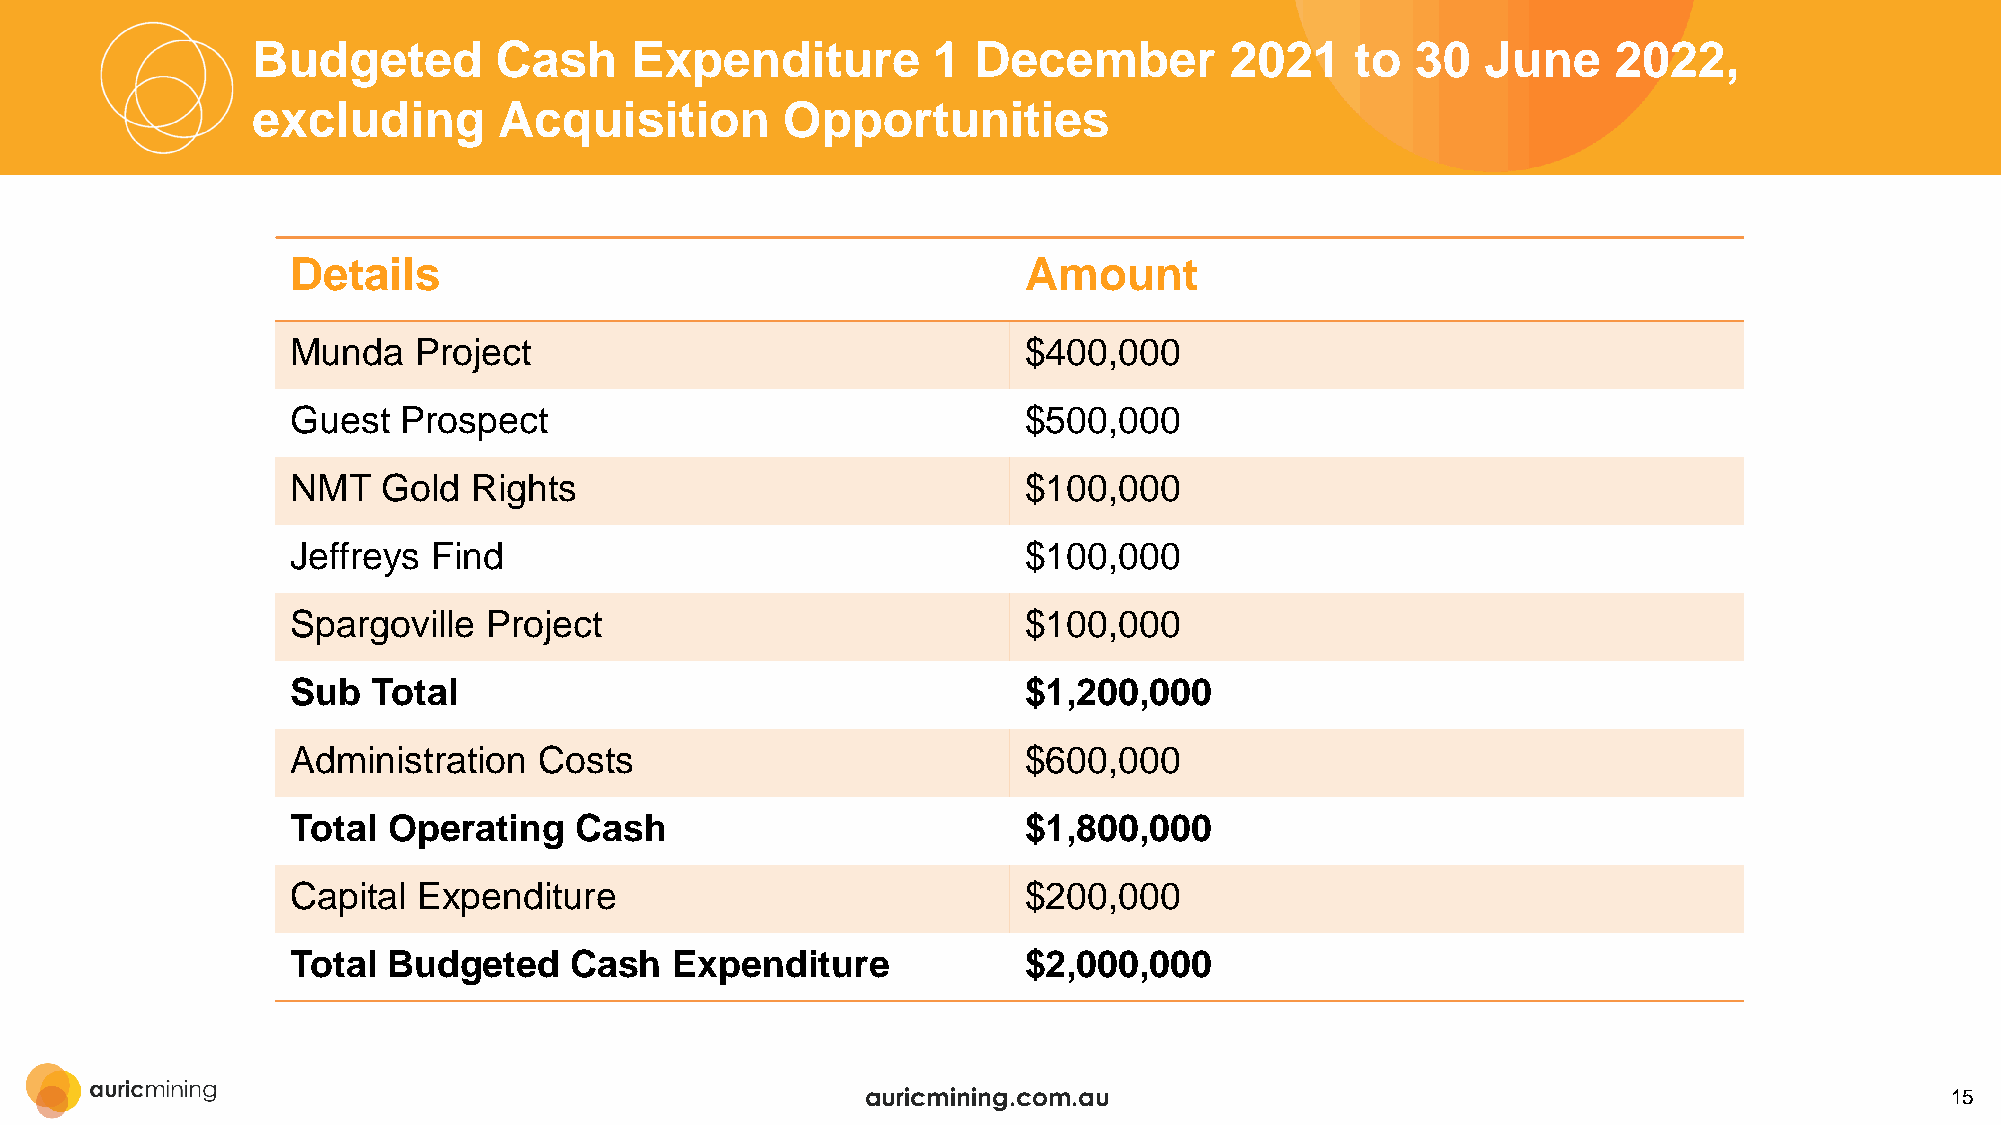
Budgeted        Cash     Expenditure         1 December         2021     to  30  June     2022,
 excluding       Acquisition        Opportunities
 Details                                          Amount
 Munda   Project                                  $400,000
 Guest   Prospect                                 $500,000
 NMT   Gold  Rights                               $100,000
 Jeffreys  Find                                   $100,000
 Spargoville  Project                             $100,000
 Sub   Total                                      $1,200,000
 Administration   Costs                           $600,000
 Total  Operating   Cash                          $1,800,000
 Capital  Expenditure                             $200,000
 Total  Budgeted    Cash   Expenditure            $2,000,000
 auricmining.com.au                                                      15